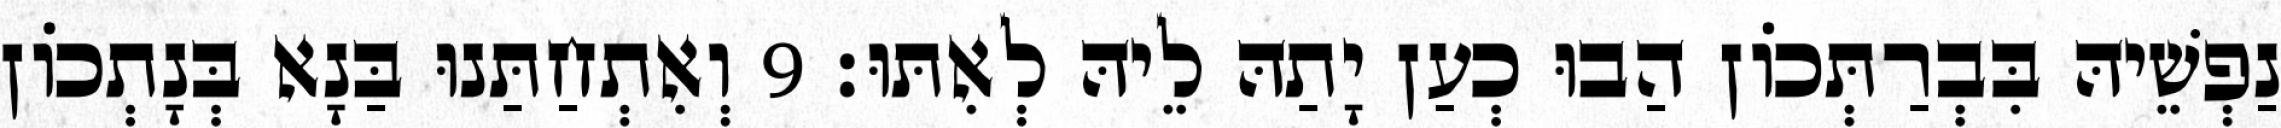
נַפְשֵׁיהּ בִּבְרַתְּכוֹן הַבוּ כְעַן יָתַהּ לֵיהּ לְאִתּוּ׃ 9 וְאִתְחַתַּנוּ בַּנָא בְּנָתְכוֹן